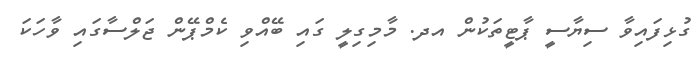
ގުޅިފައިވާ ސިޔާސީ ޕާޓީތަކުން އދ. މާމިގިލީ ގައި ބޭއްވި ކެމްޕޭން ޖަލްސާގައި ވާހަކަ